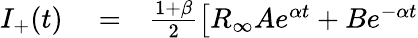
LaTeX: \begin{array}{rlr}{I_{+}(t)}&{{}=}&{\frac{1+\beta}{2}\big[R_{\infty}Ae^{\alpha t}+Be^{-\alpha t}}\end{array}